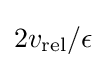
2v_{\text{rel}}/\epsilon